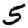
Digit: 5